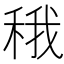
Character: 𬓬